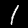
Label: 1